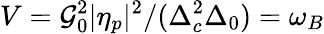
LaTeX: V=\mathcal{G}_{0}^{2}|\eta_{p}|^{2}/(\Delta_{c}^{2}\Delta_{0})=\omega_{B}